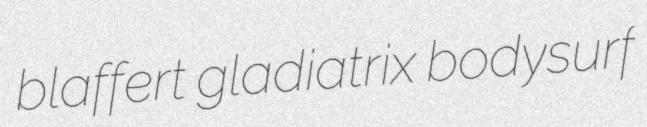
blaffert gladiatrix bodysurf